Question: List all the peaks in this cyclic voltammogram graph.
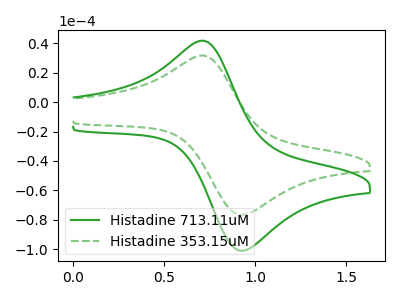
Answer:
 <answer>The green curve "Histadine 713.11uM" has an anodic peak at (0.70V, 41.85uA) and a cathodic peak at (0.95V, -101.00uA). The green dashed curve "Histadine 353.15uM" has an anodic peak at (0.70V, 31.75uA) and a cathodic peak at (0.95V, -76.60uA).</answer>
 <eval></eval>